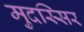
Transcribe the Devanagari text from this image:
मुदस्सिर